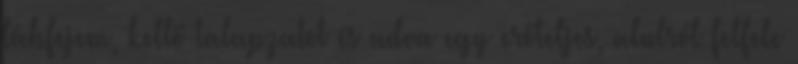
lábfejem, kellő talapzatot és adva egy erőteljes, alulról felfele